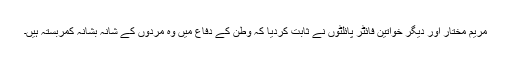
مریم مختار اور دیگر خواتین فائٹر پائلٹوں نے ثابت کردیا کہ وطن کے دفاع میں وہ مردوں کے شانہ بشانہ کمربستہ ہیں۔